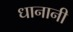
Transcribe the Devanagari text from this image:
धानानी